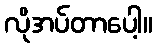
လိုအပ်တာပေါ့။